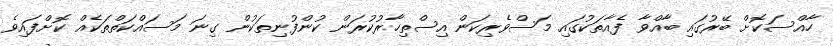
ހާއްސަކޮށް ބޭރުގައި ބާއްވާ ފެއާތަކުގައި މަސްވެރިކަން އިސްތިހާރުކުރަން ކުންފުނިތަކުން ގިނަ މަސައްކަތްތަކެއް ކޮށްފައިވެ